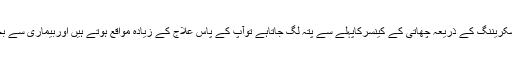
اکثرصورتوں میں، جب سکریننگ کے ذریعہ چھاتی کے کینسرکاپہلے سے پتہ لگ جاتاہے توآپ کے پاس علاج کے زیادہ مواقع ہوتے ہیں اوربیماری سے بچنے کا بہترموقع ہوتاہے۔